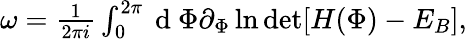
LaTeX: \begin{array}{r}{\omega=\frac{1}{2\pi i}\int_{0}^{2\pi}\mathrm{~d~}\Phi\partial_{\Phi}\ln\operatorname*{det}[H(\Phi)-E_{B}],}\end{array}